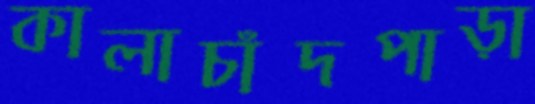
কালাচাঁদপাড়া